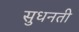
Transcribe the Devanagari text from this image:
सुधनती